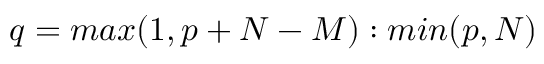
q = m a x ( 1 , p + N - M ) : m i n ( p , N )